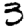
Digit: 3